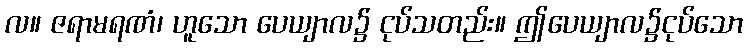
လ။ ဇရာမရဏံ၊ ဟူသော ပေယျာလ၌ ငုပ်သတည်း။ ဤပေယျာလ၌ငုပ်သော